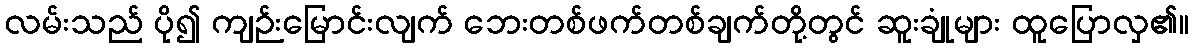
လမ်းသည် ပို၍ ကျဉ်းမြောင်းလျက် ဘေးတစ်ဖက်တစ်ချက်တို့တွင် ဆူးချုံများ ထူပြောလှ၏။